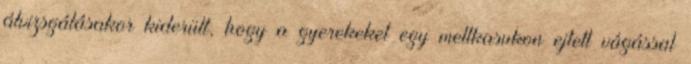
átvizsgálásakor kiderült, hogy a gyerekeket egy mellkasukon ejtett vágással